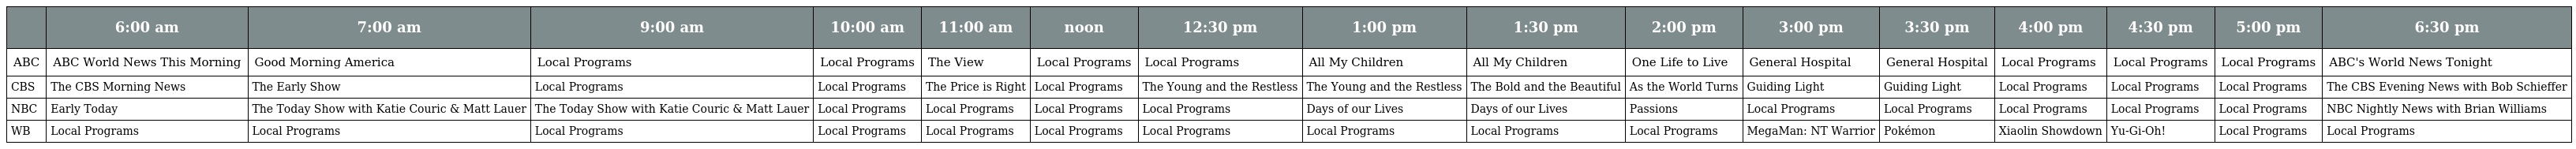
|  | 6:00 am | 7:00 am | 9:00 am | 10:00 am | 11:00 am | noon | 12:30 pm | 1:00 pm | 1:30 pm | 2:00 pm | 3:00 pm | 3:30 pm | 4:00 pm | 4:30 pm | 5:00 pm | 6:30 pm |
 | --- | --- | --- | --- | --- | --- | --- | --- | --- | --- | --- | --- | --- | --- | --- | --- | --- |
 | ABC | ABC World News This Morning | Good Morning America | Local Programs | Local Programs | The View | Local Programs | Local Programs | All My Children | All My Children | One Life to Live | General Hospital | General Hospital | Local Programs | Local Programs | Local Programs | ABC's World News Tonight |
 | CBS | The CBS Morning News | The Early Show | Local Programs | Local Programs | The Price is Right | Local Programs | The Young and the Restless | The Young and the Restless | The Bold and the Beautiful | As the World Turns | Guiding Light | Guiding Light | Local Programs | Local Programs | Local Programs | The CBS Evening News with Bob Schieffer |
 | NBC | Early Today | The Today Show with Katie Couric & Matt Lauer | The Today Show with Katie Couric & Matt Lauer | Local Programs | Local Programs | Local Programs | Local Programs | Days of our Lives | Days of our Lives | Passions | Local Programs | Local Programs | Local Programs | Local Programs | Local Programs | NBC Nightly News with Brian Williams |
 | WB | Local Programs | Local Programs | Local Programs | Local Programs | Local Programs | Local Programs | Local Programs | Local Programs | Local Programs | Local Programs | MegaMan: NT Warrior | Pokémon | Xiaolin Showdown | Yu-Gi-Oh! | Local Programs | Local Programs |